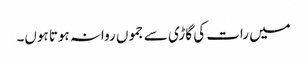
میں رات کی گاڑی سے جموں روانہ ہوتا ہوں۔